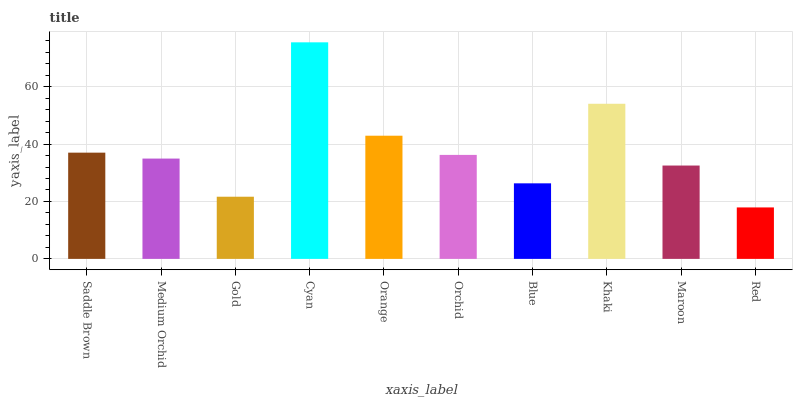
| xaxis_label | bars |
 | --- | --- |
 | Saddle Brown | 37 |
 | Medium Orchid | 35 |
 | Gold | 21.7 |
 | Cyan | 75.5 |
 | Orange | 42.9 |
 | Orchid | 36.2 |
 | Blue | 26.3 |
 | Khaki | 54 |
 | Maroon | 32.5 |
 | Red | 17.9 |